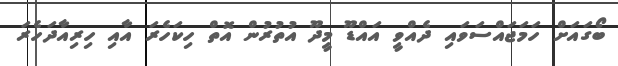
ބޯގައަށް ހަމަޖައްސަވައި ދެއްވީ އައްޑޫ މީދޫ އުތުރުން އޮތް ހިކަހެރަ އާއި ހިރިއާދަހެރަ